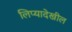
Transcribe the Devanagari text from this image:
लिप्यादेखील